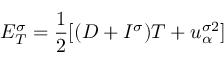
E _ { T } ^ { \sigma } = \frac { 1 } { 2 } [ ( D + I ^ { \sigma } ) T + u _ { \alpha } ^ { \sigma 2 } ]